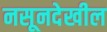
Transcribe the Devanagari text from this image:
नसूनदेखील